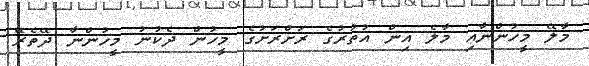
މާލޭ މީހުންނާއި މާލެ އިން އުތުރުގެ ރަށްރަށުގެ މީހުން ދެކުނު މީހުންނާ ދޭތެރޭ